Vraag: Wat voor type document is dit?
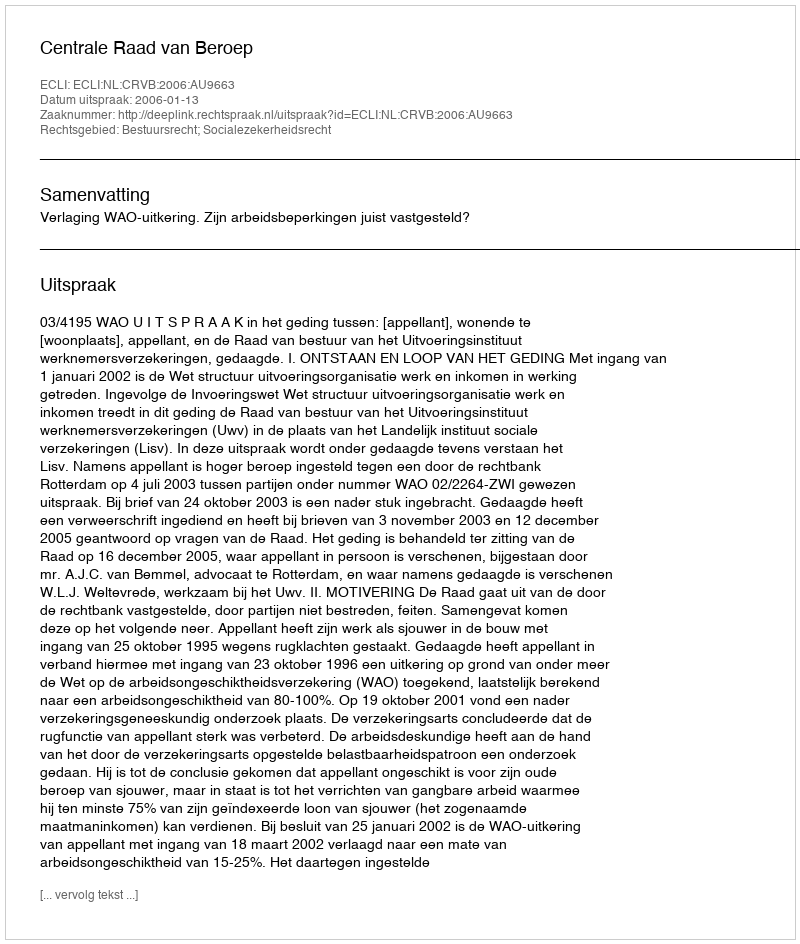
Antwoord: Uitspraak